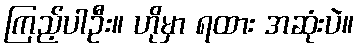
ကြည့်ပါဦး။ ဟိုမှာ ရထား အဆုံးပဲ။